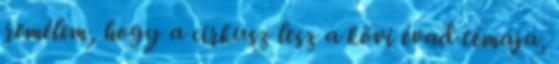
remélem, hogy a cirkusz lesz a kövi évad témája,